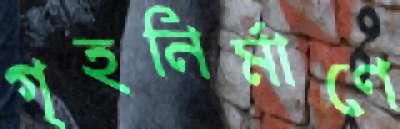
গৃহনির্মাণে